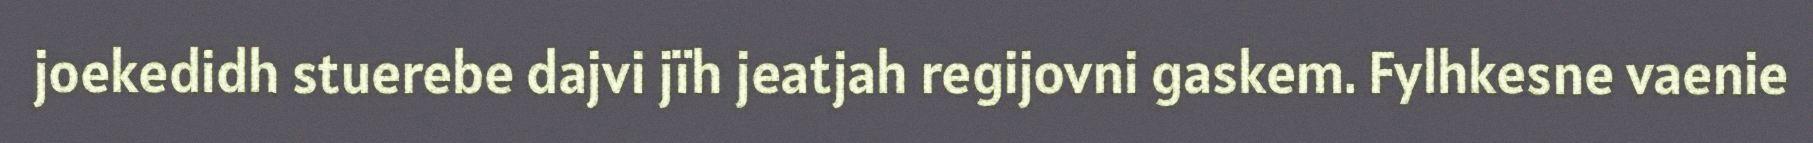
joekedidh stuerebe dajvi jïh jeatjah regijovni gaskem. Fylhkesne vaenie